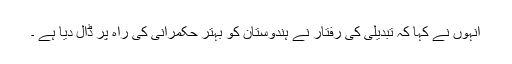
انہوں نے کہا کہ تبدیلی کی رفتار نے ہندوستان کو بہتر حکمرانی کی راہ پر ڈال دیا ہے ۔